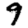
Digit: 9